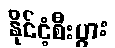
နိုင်ငံ့စီးပွား